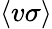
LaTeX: \langle v\sigma\rangle